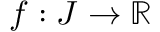
f : J \to \mathbb R